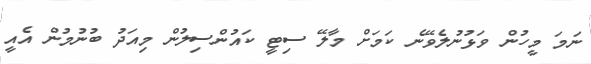
ނަމަ މީހުން ވަޅުނުލެވޭނެ ކަމަށް މާލޭ ސިޓީ ކައުންސިލުން މިއަދު ބުނުމުން އެއީ